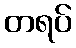
တရပ်